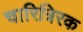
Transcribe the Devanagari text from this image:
चारित्रिरक